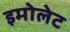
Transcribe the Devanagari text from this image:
इमोलेट